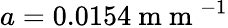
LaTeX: a=0.0154\mathrm{~m~m~}^{-1}